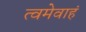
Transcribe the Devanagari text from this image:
त्वमेवाहं